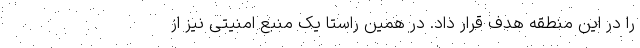
را در این منطقه هدف قرار داد. در همین راستا یک منبع امنیتی نیز از